Leningradi_Edasi_toimetus, lk 67
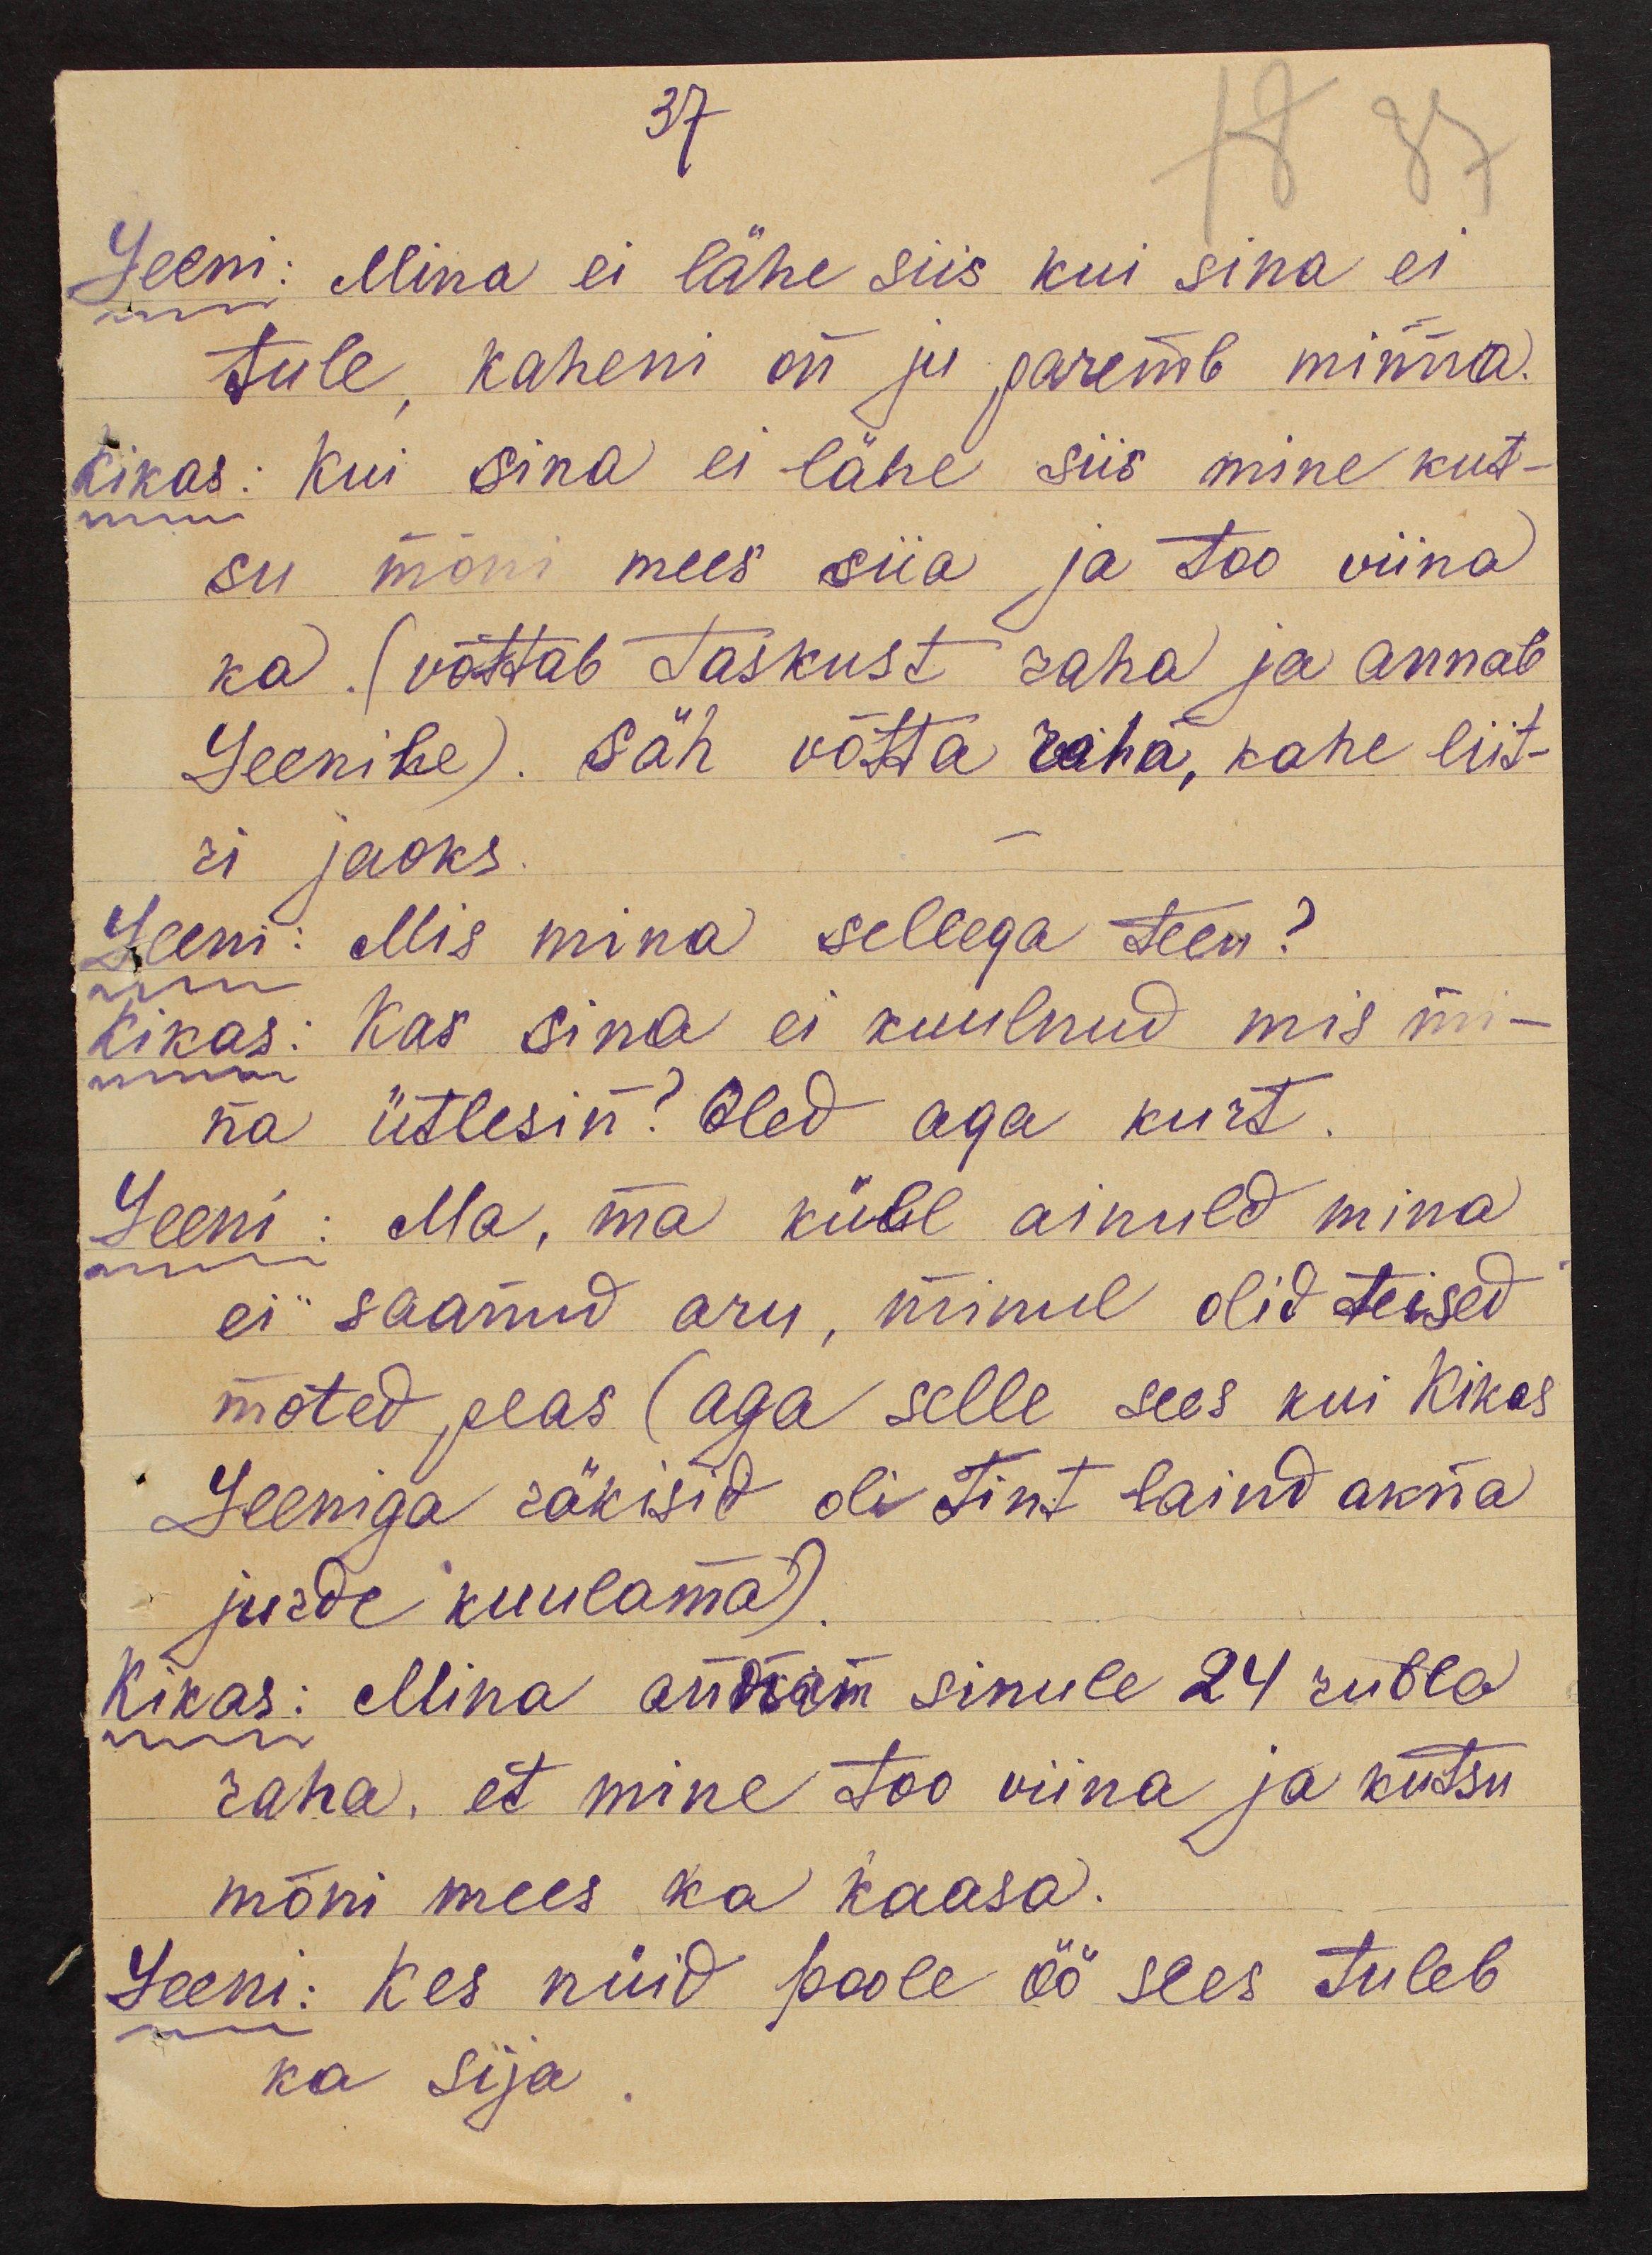
37
Leeni: Mina ei lähe siis kui sina ei
tule, kaheni on ju paremb minna.
Kikas: Kui sina ei lähe siis mine kut-
su mõni mees siia ja too viina
ka. (võttab taskust raha ja annab
Leenile). Säh võtta raha, kahe liit-
ri jaoks.
Leeni: Mis mina sellega teen?
Kikas: Kas sina ei kuulnud mis mi-
na ütlesin? Oled aga kurt.
Leeni: Ma, ma küll ainuld mina
ei saanud aru, minul olid teised
mõted peas (aga selle sees kui Kikas
Leeniga räkisid oli Tint laind akna
jurde kuulama).
Kikas: Mina annan sinule 24 rubla
raha, et mine too viina ja kutsu
mõni mees ka kaasa.
Leeni: Kes nüid poole öö sees tuleb
ka sija.